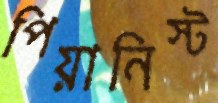
পিয়ানিস্ট